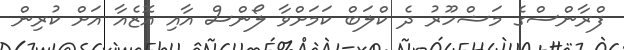
ފްރާންސްގެ މަޝްހޫރު ދެ ކްލަބް ކަމަށްވާ ލޯންސް އާއި އޮޒެއާ އަށް ކުރިން